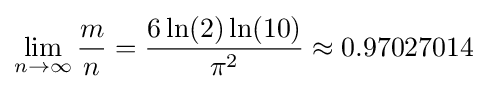
\lim _{n\to \infty }{\frac {m}{n}}={\frac {6\ln(2)\ln(10)}{\pi ^{2}}}\approx 0.97027014